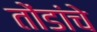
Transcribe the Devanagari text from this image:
तोंडांचे